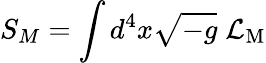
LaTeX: S_{M}=\int d^{4}x{\sqrt{-g}}\; {\mathcal{L}}_{\mathrm{M}}